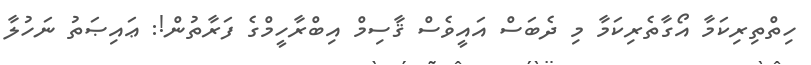
ހިތްތިރިކަމާ އޯގާތެރިކަމާ މި ދެބަސް އައީވެސް ޤާސިމް އިބްރާހީމްގެ ފަރާތުން!: ޢައިޞަތު ނަހުލާ